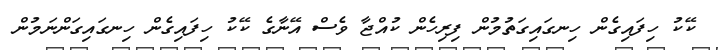
ކޭކު ހިފައިގެން ހިނގައިގަތުމުން ފިރިހެން ކުއްޖާ ވެސް އޭނާގެ ކޭކު ހިފައިގެން ހިނގައިގަންނަމުން